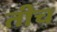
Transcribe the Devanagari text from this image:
तीच